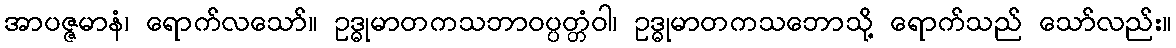
အာပဇ္ဇမာနံ၊ ရောက်လသော်။ ဥဒ္ဓုမာတကသဘာဝပ္ပတ္တံဝါ၊ ဥဒ္ဓုမာတကသဘောသို့ ရောက်သည် သော်လည်း။